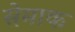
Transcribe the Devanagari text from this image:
सेमाक